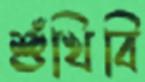
শুঁখিবি